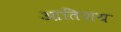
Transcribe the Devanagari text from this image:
आतिशय